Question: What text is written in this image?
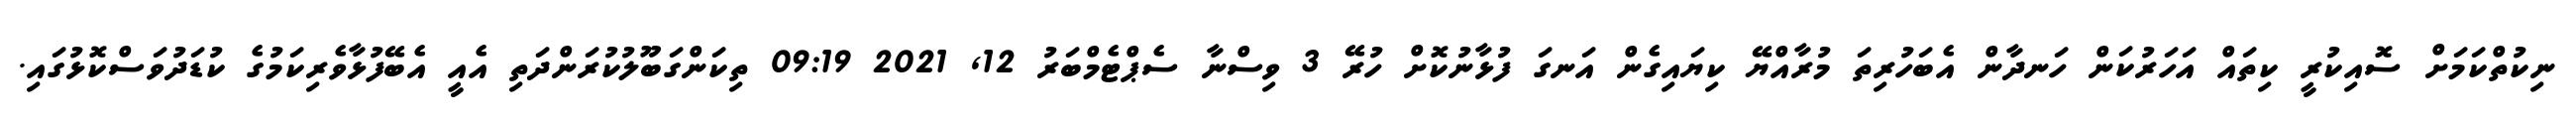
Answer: ނިކުތްކަމަށް ސޮއިކުރީ ކިތައް އަހަރުކަން ހަނދާން އެބަހުރިތަ މުރާއްޔޭ ކިޔައިގެން އަނގަ ފުޅާނުކޮށް ހުރޭ 3 ވިސްނާ ސެޕްޓެމްބަރު 12, 2021 09:19 ތިކަންގަބޫލުކުރަންދަތި އެއީ އެބޭފުޅާވެރިކަމުގެ ކުޑަދުވަސްކޮޅުގައި.